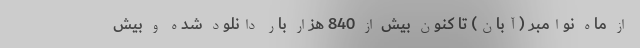
از ماه نوامبر (آبان) تا کنون بیش از 840 هزار بار دانلود شده و بیش